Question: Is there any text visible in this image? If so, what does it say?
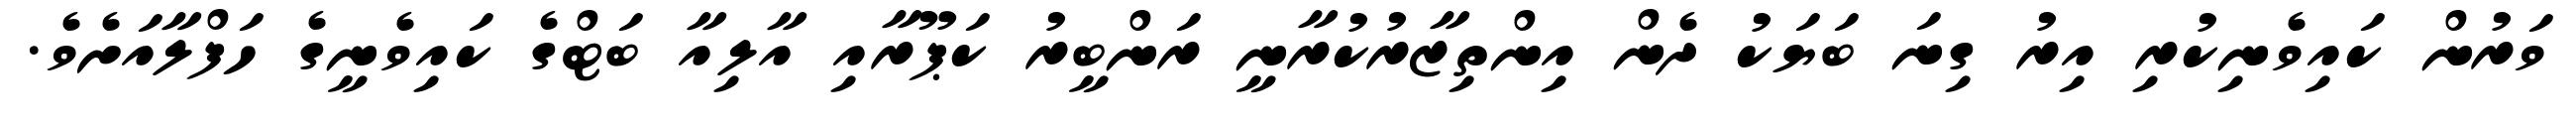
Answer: ވަރުން ކައިވެނިކުރި އިރު ގިނަ ބަޔަކު ދެން އިންތިޒާރުކުރާނީ ރަންބީރު ކަޕޫރާއި އާލިއާ ބަޓްގެ ކައިވެނީގެ ހަފްލާއަށެވެ.